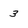
Character: 3